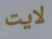
لايت